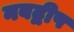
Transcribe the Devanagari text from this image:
नबद्वीप